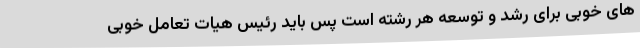
های خوبی برای رشد و توسعه هر رشته است پس باید رئیس هیات تعامل خوبی